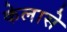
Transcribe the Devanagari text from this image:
केलासे